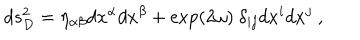
d s _ { D } ^ { 2 } = \eta _ { \alpha \beta } d x ^ { \alpha } d x ^ { \beta } + \exp ( 2 \omega ) ~ \delta _ { i j } d x ^ { i } d x ^ { j } ~ ,